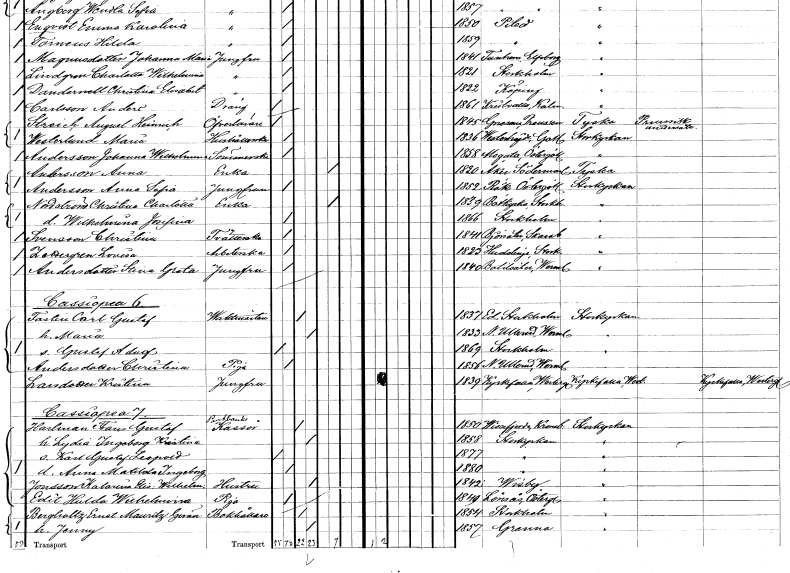
gt_parse: households: individuals: FN: Johanna Wilhelmina
EN: Andersson
YRKE: Sömmerska
KON: K
CIV: O
FODAR: 1858
FODFORS: Mogata Östergötlands län
FN: Anna
EN: Andersson
YRKE: Änka
KON: K
CIV: E
FODAR: 1820
FODFORS: Åker Södermanlands län
FN: Anna Sofia
EN: Andersson
YRKE: Jungfru
KON: K
CIV: O
FODAR: 1852
FODFORS: Rök Östergötlands län
FN: Christina Charlotta
EN: Nordström
YRKE: Änka
KON: K
CIV: E
FODAR: 1839
FODFORS: Botkyrka Stockholms län
FN: Wilhelmina Josefina
KON: K
CIV: O
FODAR: 1866
FODFORS: Stockholm
FN: Christina
EN: Svensson
YRKE: Tvätterska
KON: K
CIV: O
FODAR: 1841
FODFORS: Björsäter Skaraborgs län
FN: Lovisa
EN: Zettergren
YRKE: Arbeterska
KON: K
CIV: O
FODAR: 1823
FODFORS: Huddinge Stockholms län
FN: Stina Greta
EN: Andersdotter
YRKE: Jungfru
KON: K
CIV: O
FODAR: 1840
FODFORS: Botilsäter Värmlands län
FN: Carl Gustaf
EN: Fastin
YRKE: Vaktmästare
KON: M
CIV: G
FODAR: 1837
FODFORS: Ed Stockholms län
FN: Maria
KON: K
CIV: G
FODAR: 1833
FODFORS: Nedre Ullerud Värmlands län
FN: Gustaf Adolf
KON: M
CIV: O
FODAR: 1869
FODFORS: Stockholm
FN: Christina
EN: Andersdotter
YRKE: Piga
KON: K
CIV: O
FODAR: 1856
FODFORS: Nedre Ullerud Värmlands län
FN: Kristina
EN: Larsdotter
YRKE: Jungfru
KON: K
CIV: O
FODAR: 1839
FODFORS: Kyrkefalla Skaraborgs län
FN: Frans Gustaf
EN: Harlman
YRKE: Pantbankskassör
KON: M
CIV: G
FODAR: 1850
FODFORS: Vissefjärda Kalmar län
FN: Lydia Ingeborg Kristina
KON: K
CIV: G
FODAR: 1858
FODFORS: Storkyrkoförsamlingen Stockholms stad
FN: Karl Gustaf Leopold
KON: M
CIV: O
FODAR: 1877
FODFORS: Storkyrkoförsamlingen Stockholms stad
FN: Anna Matilda Ingeborg
KON: K
CIV: O
FODAR: 1880
FODFORS: Storkyrkoförsamlingen Stockholms stad
FN: Katarina Elisabet Wilhelmina
EN: Jonsson
YRKE: Hustru
KON: K
CIV: G
FODAR: 1842
FODFORS: Visby Gotlands län
FN: Edit Hulda Wilhelmina
YRKE: Piga
KON: K
CIV: O
FODAR: 1849
FODFORS: Lönsås Östergötlands län
FN: Ernst Mauritz Göran
EN: Bergholtz
YRKE: Bokhållare
KON: M
CIV: G
FODAR: 1854
FODFORS: Stockholm
FN: Jenny
KON: K
CIV: G
FODAR: 1857
FODFORS: Gränna Jönköpings län